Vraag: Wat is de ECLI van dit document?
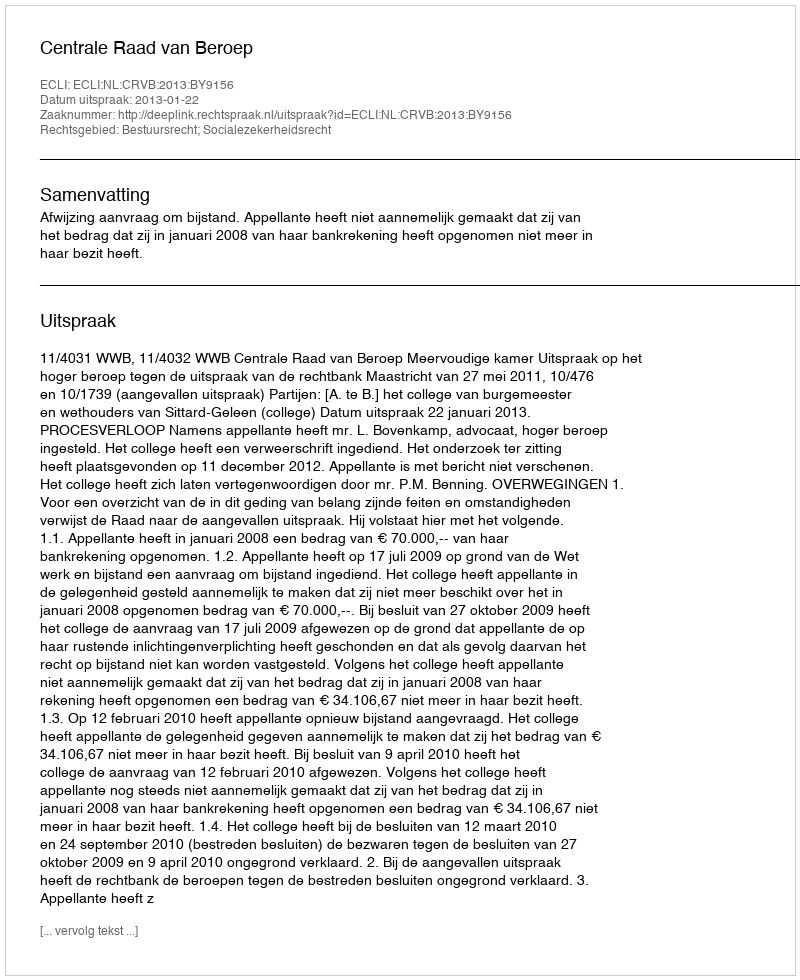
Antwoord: ECLI:NL:CRVB:2013:BY9156